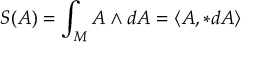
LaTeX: S ( A ) = \int _ { M } A \wedge d A = \langle A , * d A \rangle